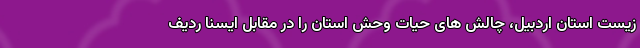
زیست استان اردبیل، چالش های حیات وحش استان را در مقابل ایسنا ردیف